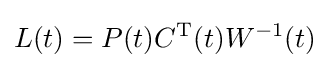
{\mathbf {} }L(t)=P(t)C^{\mathrm {T} }(t)W^{-1}(t)